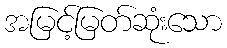
အမြင့်မြတ်ဆုံးသော